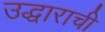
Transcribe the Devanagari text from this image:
उद्धाराची